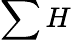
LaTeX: \sum H